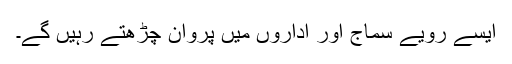
ایسے رویے سماج اور اداروں میں پروان چڑھتے رہیں گے۔